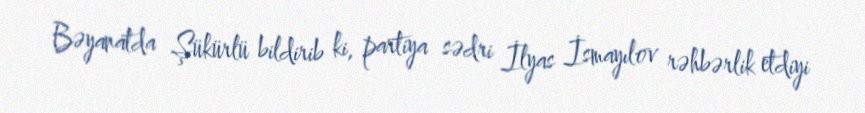
Bəyanatda Şükürlü bildirib ki, partiya sədri İlyas İsmayılov rəhbərlik etdiyi